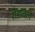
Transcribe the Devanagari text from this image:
रोडावले